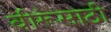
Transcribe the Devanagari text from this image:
वीरूंसाठी